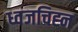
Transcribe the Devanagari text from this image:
ध्वजचिह्न